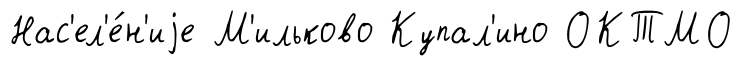
Нас'ел'е́н'иjе М'ильково Купал'ино ОКТМО